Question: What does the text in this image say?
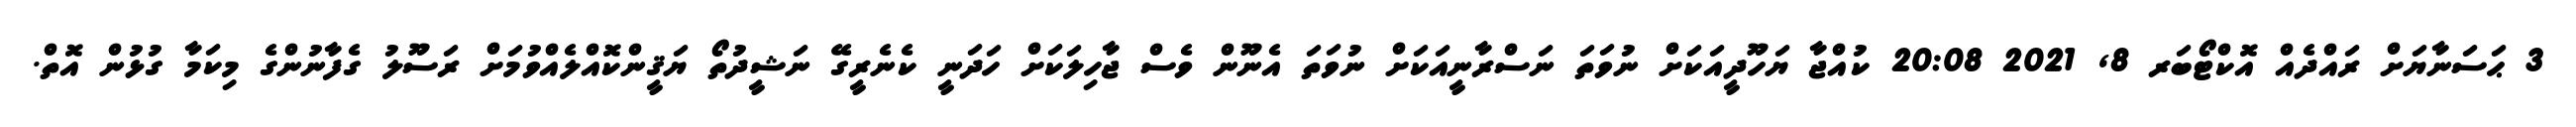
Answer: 3 ޙަސަނާޔަށް ރައްދެއް އޮކްޓޯބަރ 8, 2021 20:08 ކުއްޖާ ޔަހޫދީއަކަށް ނުވަތަ ނަސްރާނީއަކަށް ނުވަތަ އެނޫން ވެސް ޖާހިލަކަށް ހަދަނީ ކެނެރީގޭ ނަޝީދުތޯ ޔަޤީންކޮއްލެއްވުމަށް ރަސޫލު ގެފާނުންގެ މިކަމާ ގުޅުން އޮތް.